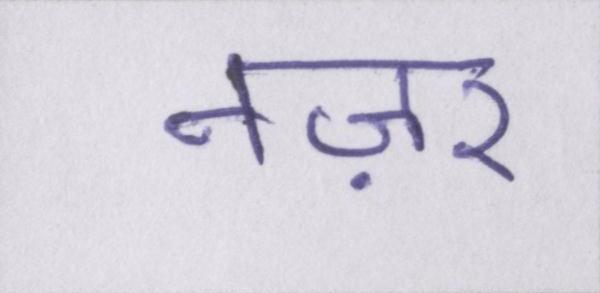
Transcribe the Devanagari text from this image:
नज़र